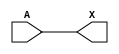
/* Level shifter (simplified model, as buffer only) */

module lvlshiftdown (
`ifdef LVS
        vpwr, vpb, vnb, vgnd,
`endif
        A,
        X
    );


`ifdef LVS
    input vpwr;
    input vpb;
    input vnb;
    input vgnd;
`endif

input A;
output X;

`ifdef LVS
    wire vpwr, vpb, vnb, vgnd;
`endif

wire A, X;

assign X = A;

endmodule   // lvlshiftdown